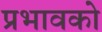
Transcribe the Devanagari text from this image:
प्रभावको